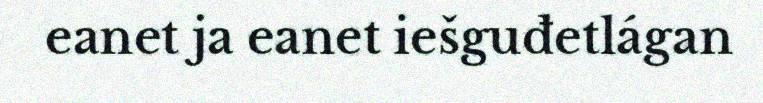
eanet ja eanet iešguđetlágan